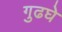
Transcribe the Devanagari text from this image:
गुढघे